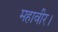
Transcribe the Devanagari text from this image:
महावीर।